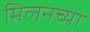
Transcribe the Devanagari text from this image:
मिलनच्या